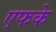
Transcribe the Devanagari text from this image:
एफके